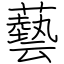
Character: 藝